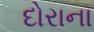
દોરાના